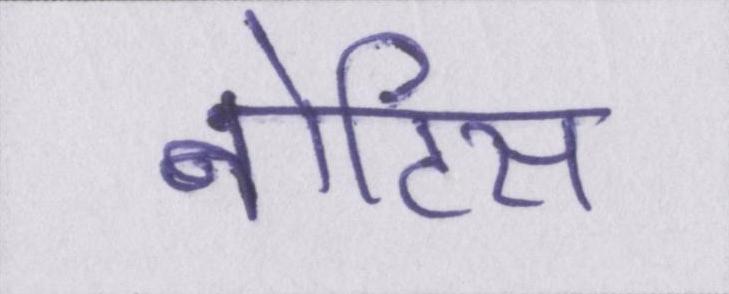
नोटिस